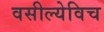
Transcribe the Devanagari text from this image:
वसील्येविच